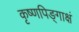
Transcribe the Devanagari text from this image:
कृष्णपिङ्गाक्षं